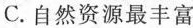
C.自然资源最丰富